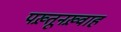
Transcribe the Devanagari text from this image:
पख़्तूनख़्वाह